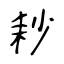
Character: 耖